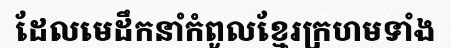
ដែលមេដឹកនាំកំពូលខ្មែរក្រហមទាំង